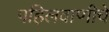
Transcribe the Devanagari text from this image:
पहिलवाणीचे